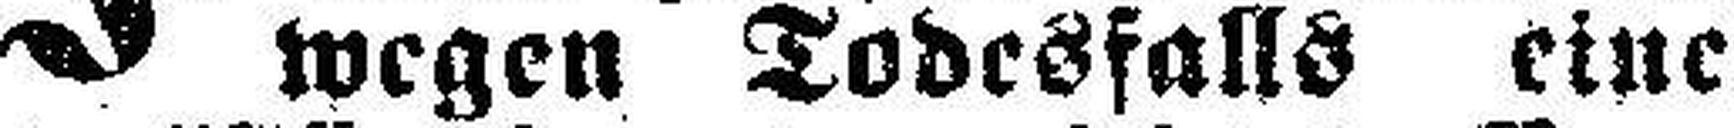
wegen Todesfalls eine